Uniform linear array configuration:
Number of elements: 12
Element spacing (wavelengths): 0.75
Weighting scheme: cosine
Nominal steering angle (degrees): -30
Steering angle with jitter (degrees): -31.725
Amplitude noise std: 0.05
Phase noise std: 0.05

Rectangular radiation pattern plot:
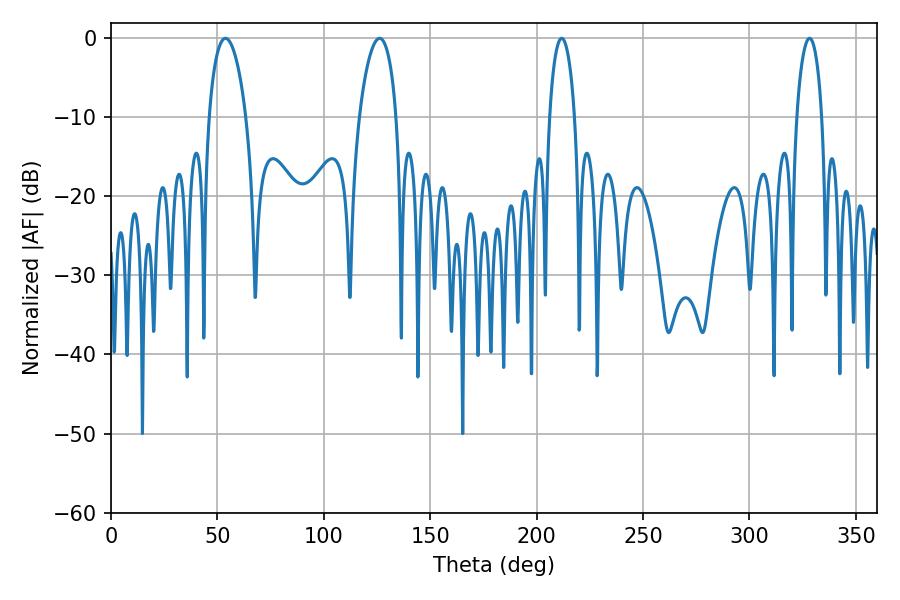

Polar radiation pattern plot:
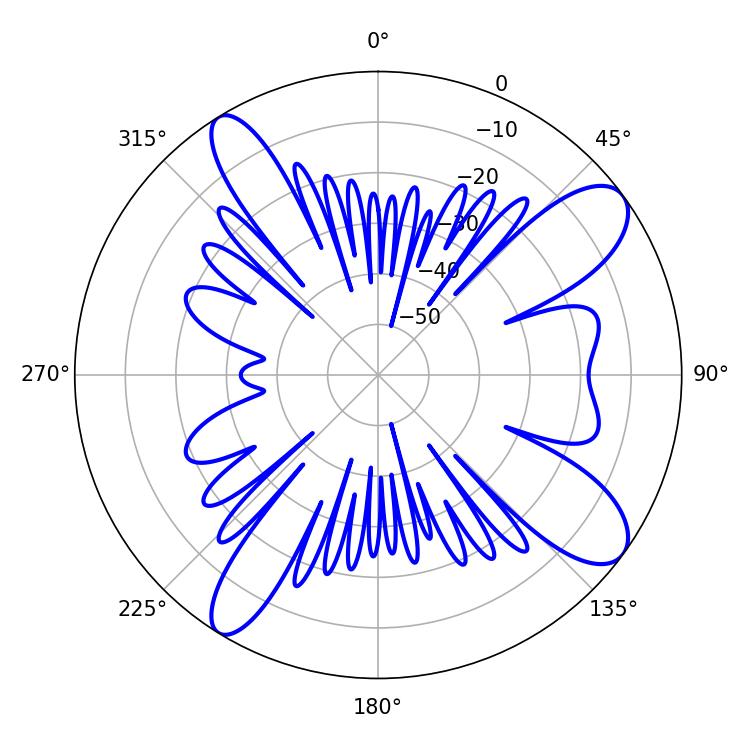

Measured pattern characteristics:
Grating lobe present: TRUE
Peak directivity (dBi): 10.698
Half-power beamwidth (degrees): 9.9
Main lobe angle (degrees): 53.82